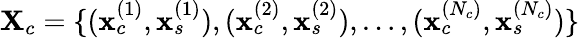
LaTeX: {\mathbf X}_{c}=\{ ({\mathbf x}_{c}^{(1)},{\mathbf x}_{s}^{(1)}),({\mathbf x}_{c}^{(2)},{\mathbf x}_{s}^{(2)}),\dots,({\mathbf x}_{c}^{(N_{c})},{\mathbf x}_{s}^{(N_{c})})\}